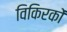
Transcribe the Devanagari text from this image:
विकिरकों